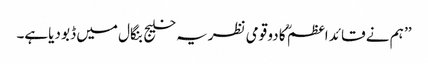
’’ ہم نے قائد اعظم ؒ کا دو قومی نظریہ خلیج بنگال میں ڈبو دیاہے۔